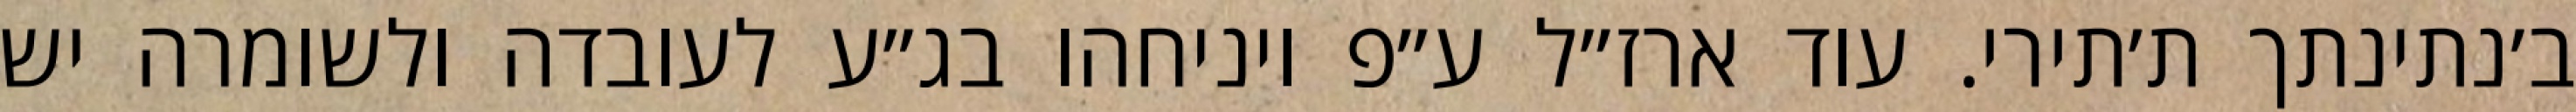
ב׳נתינתך ת׳תירי. עוד ארז״ל ע״פ ויניחהו בג״ע לעובדה ולשומרה יש